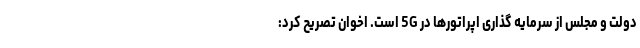
دولت و مجلس از سرمایه گذاری اپراتورها در 5G است. اخوان تصریح کرد: